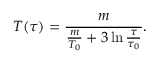
T ( \tau ) = \frac { m } { \frac { m } { T _ { 0 } } + 3 \ln \frac { \tau } { \tau _ { 0 } } } .